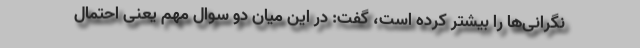
نگرانی‌ها را بیشتر کرده است، گفت: در این میان دو سوال مهم یعنی احتمال